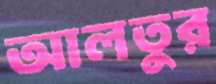
আলতুর